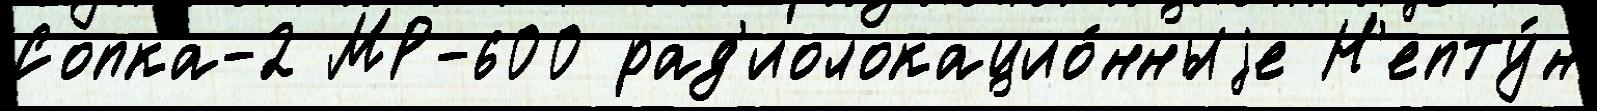
Сопка-2 МР-600 рад'иолокацио́нныjе Н'епту́н